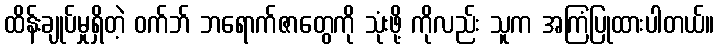
ထိန်းချုပ်မှုရှိတဲ့ ဝက်ဘ် ဘရောက်ဇာတွေကို သုံးဖို့ ကိုလည်း သူက အကြံပြုထားပါတယ်။